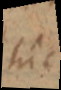
hic